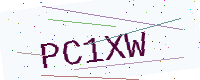
Text: PC1XW